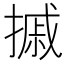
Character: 摵